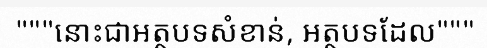
"""នោះជាអត្ថបទសំខាន់, អត្ថបទដែល"""